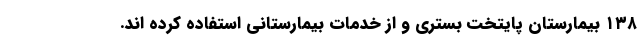
۱۳۸ بیمارستان پایتخت بستری و از خدمات بیمارستانی استفاده کرده اند.